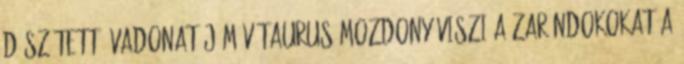
díszített, vadonatúj MÁV Taurus mozdony viszi a zarándokokat a